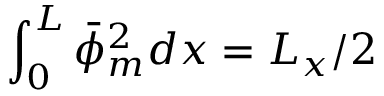
\int _ { 0 } ^ { L } \bar { \phi } _ { m } ^ { 2 } d x = L _ { x } / 2